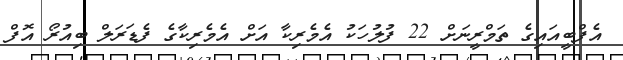
އެފްބީއައިގެ ތަމްރީނަށް 22 ފުލުހަކު އެމެރިކާ އަށް އެމެރިކާގެ ފެޑަރަލް ބިއުރޯ އޮފް